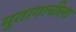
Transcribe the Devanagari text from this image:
मुतागाचीला